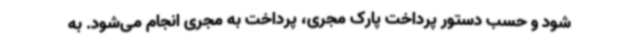
شود و حسب دستور پرداخت پارک مجری، پرداخت به مجری انجام می‌شود. به